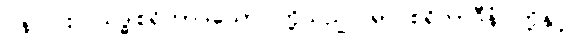
ပန၊ ပါး။ သဒ္ဓါစရိတာဒယော၊ တို့သည်။ ရာဂစရိတာဒီနံ၊ တို့နှင့်။